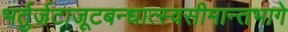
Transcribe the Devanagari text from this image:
भर्तुर्जटाजूटबन्धात्स्वसीमान्तभागे